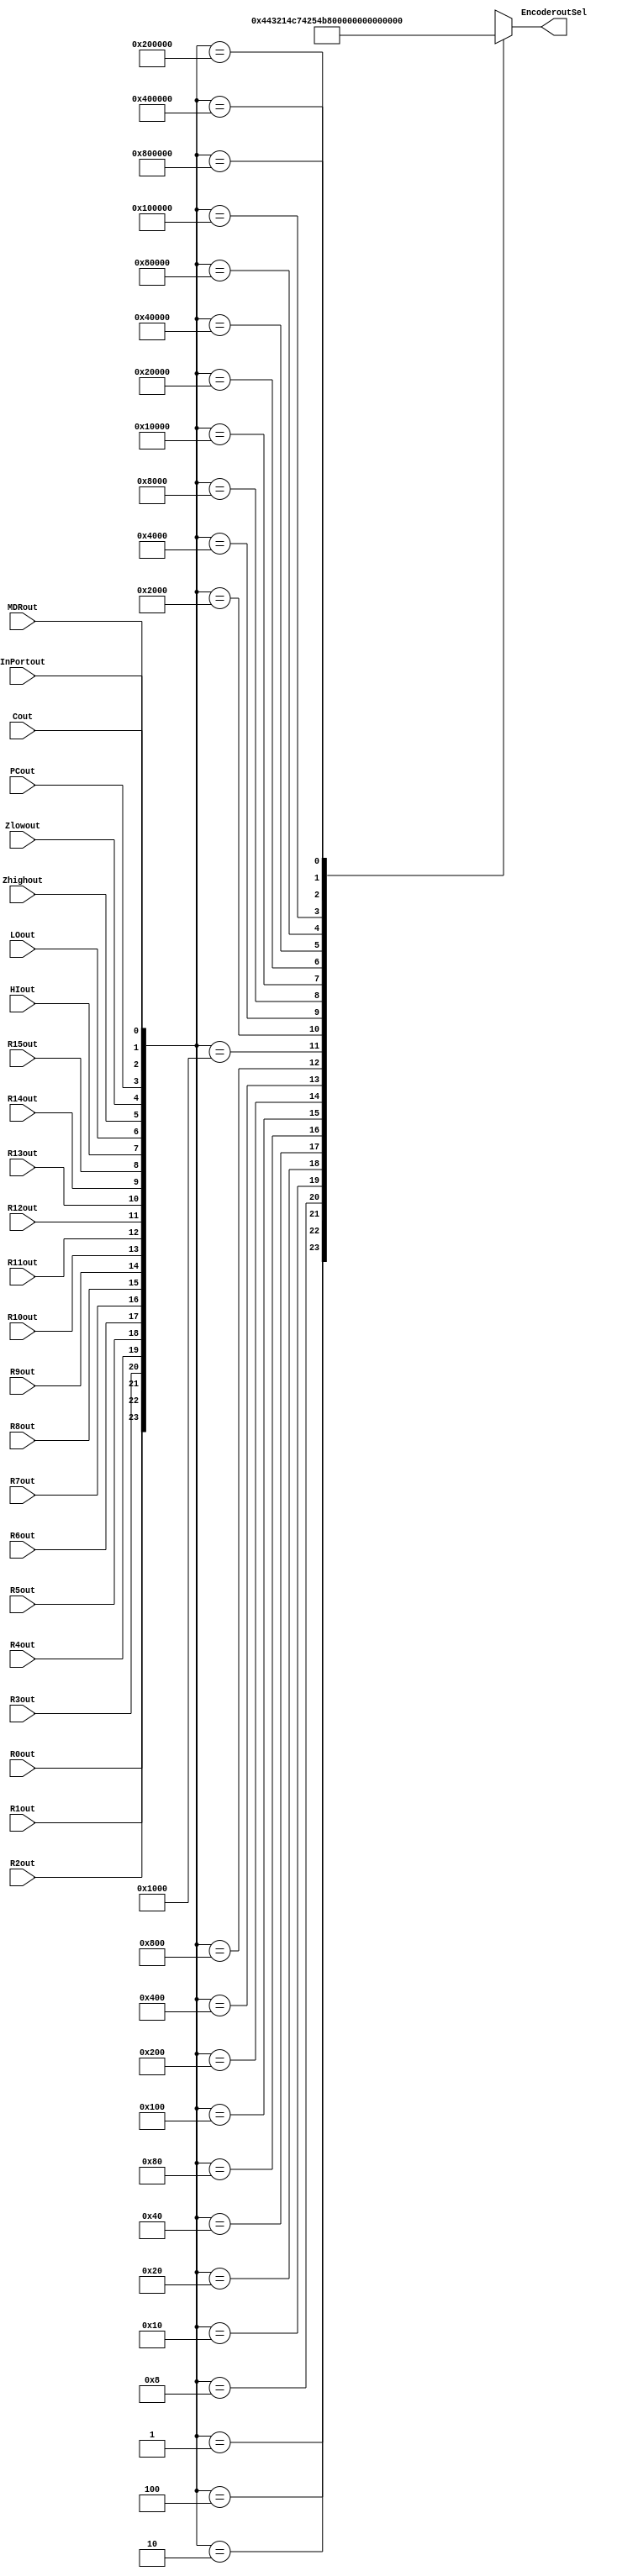
module Encoder32to5(

    // 32-to-5 encoder inputs
    input R0out, R1out, R2out, R3out, R4out, R5out, R6out, R7out, R8out, 
    R9out, R10out, R11out, R12out, R13out, R14out, R15out, HIout, LOout, Zhighout, 
    Zlowout, PCout, MDRout, InPortout, Cout,


    // 5-bit output as Sel
    output reg [4:0] EncoderoutSel
);

// 32-to-5 encoder inputs as Q
wire [31:0] EncoderinQ = {8'd0, R0out, R1out, R2out, R3out, R4out, R5out, R6out, R7out, R8out, 
    R9out, R10out, R11out, R12out, R13out, R14out, R15out, HIout, LOout, Zhighout, 
    Zlowout, PCout, MDRout, InPortout, Cout};

always@(*) begin
        case (EncoderinQ)
        
            // 23 input signals are outputted to the 32-to-5 encoders and the 5-bit output is 
            // used to select the input to the 32:1 multiplexer
            32'h00000001 : EncoderoutSel = 5'b00000;
            32'h00000002 : EncoderoutSel = 5'b00001;
            32'h00000004 : EncoderoutSel = 5'b00010;
            32'h00000008 : EncoderoutSel = 5'b00011;
            32'h00000010 : EncoderoutSel = 5'b00100;
            32'h00000020 : EncoderoutSel = 5'b00101;
            32'h00000040 : EncoderoutSel = 5'b00110;
            32'h00000080 : EncoderoutSel = 5'b00111;
            32'h00000100 : EncoderoutSel = 5'b01000;
            32'h00000200 : EncoderoutSel = 5'b01001;
            32'h00000400 : EncoderoutSel = 5'b01010;
            32'h00000800 : EncoderoutSel = 5'b01011;
            32'h00001000 : EncoderoutSel = 5'b01100;
            32'h00002000 : EncoderoutSel = 5'b01101;
            32'h00004000 : EncoderoutSel = 5'b01110;
            32'h00008000 : EncoderoutSel = 5'b01111;
            32'h00010000 : EncoderoutSel = 5'b10000;
            32'h00020000 : EncoderoutSel = 5'b10001;
            32'h00040000 : EncoderoutSel = 5'b10010;
            32'h00080000 : EncoderoutSel = 5'b10011;
            32'h00100000 : EncoderoutSel = 5'b10100;
				32'h00200000 : EncoderoutSel = 5'b10101;
				32'h00400000 : EncoderoutSel = 5'b10110;
				32'h00800000 : EncoderoutSel = 5'b10111;
            // dont care value
            default EncoderoutSel = 5'bx;
        endcase
    end
endmodule